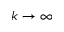
k \rightarrow \infty